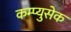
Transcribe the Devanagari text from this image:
कम्प्युसेक